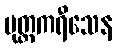
မုတ္တကရီသေန